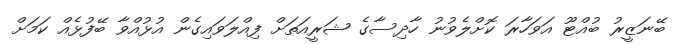
ބޭނަޒީރު ބުއްޓޫ އަވަހާރަ ކޮށްލެވުނު ހާދިސާގެ ޝަރީއަތަށް ފިއްލަވައިގެން އުޅުއްވާ ބޭފުޅެއް ކަމަށް